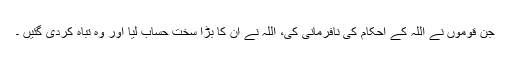
جن قوموں نے اللہ کے احکام کی نافرمانی کی، اللہ نے ان کا بڑا سخت حساب لیا اور وہ تباہ کردی گئیں ۔